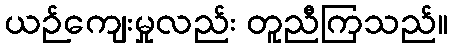
ယဉ်ကျေးမှုလည်း တူညီကြသည်။